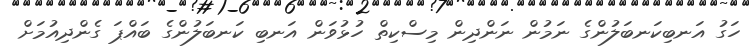
ހަގު އަނބިކަނބަލުންގެ ނަމުން ނަންދިން މިސްކިތް ހުޅުވަން އަނބި ކަނބަލުންގެ ބައްޕަ ގެންދިއުމަށް